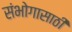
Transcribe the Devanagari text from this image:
संभोगासाठी